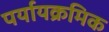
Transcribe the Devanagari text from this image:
पर्यायक्रमिक